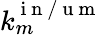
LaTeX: k_{m}^{\mathrm{~i~n~/~u~m~}}